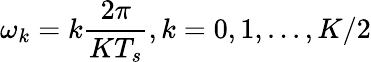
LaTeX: \omega_{k}=k\frac{2\pi}{KT_{s}},k=0,1,...,K/2